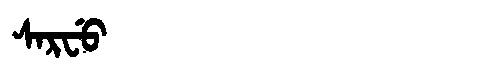
Manchu: ᠰᠠᡵᠸᡠ
Romanization: SARFU